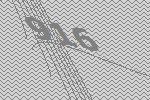
916